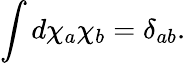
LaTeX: \int d\chi_{a}\chi_{b}=\delta_{ab}.